Report of the Municipal Commissioner on the plague in Bombay for the year ending 31st May... - Volume 1
Disease focus: Plague
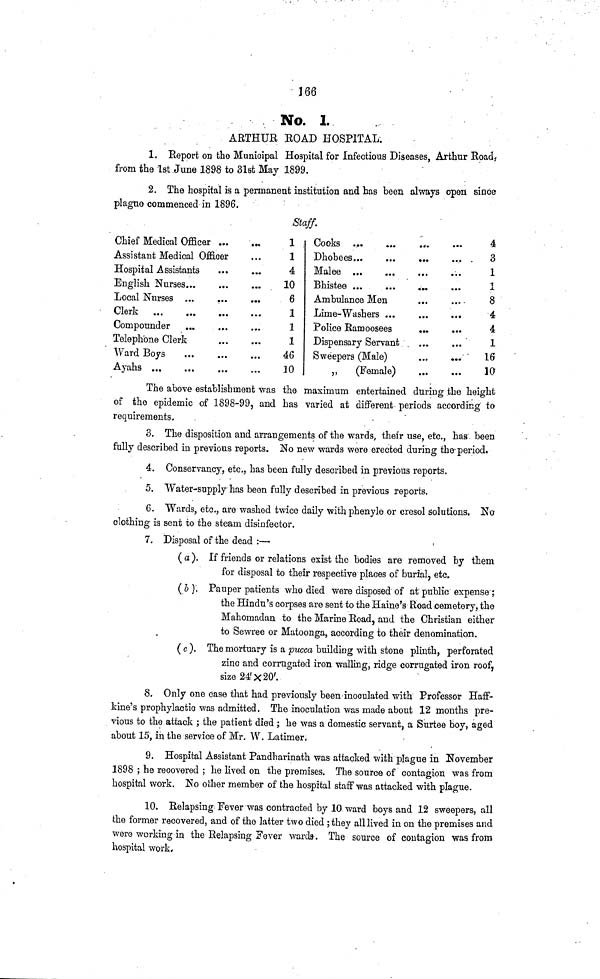
166
No. 1.
ARTHUR ROAD HOSPITAL.
1. Report on the Municipal Hospital for Infectious Diseases, Arthur Road,
from the 1st June 1898 to 31st May 1899.
2. The hospital is a permanent institution and has been always open since
plague commenced in 1896,
Staff.
Chief Medical Officer
Assistant Medical Officer
Hospital Assistants
English Nurses
Local Nurses
Clerk
Compounder
Telephone Clerk
Ward Boys
1
1
4
10
6
1
1
1
46
10
Cooks
Dhobees
Malee
Ambulance Men
Lime-Washers
Police Ramoosees
Dispensary Servant
Sweepers (Male)
„
(Female)
4
3
1
1
8
4
4
1
16
10
The above establishment was the maximum entertained during the height
of the epidemic of 1898-99, and has varied at different periods according to
requirements.
3. The disposition and arrangements of the wards, their use, etc., has been
fully described in previous reports. No new wards were erected during the period.
4. Conservancy, etc., has been fully described in previous reports.
5. Water-supply has been fully described in previous reports.
6. Wards, etc., are washed twice daily with phenyle or cresol solutions. No
clothing is sent to the steam disinfector.
7. Disposal of the dead :—
(a). If friends or relations exist the bodies are removed by them
for disposal to their respective places of burial, etc.
( b ) Pauper patients who died were disposed of at public expense ;
the Hindu's corpses are sent to the Haine's Road cemetery, the
Mahomadan to the Marine Road, and the Christian either
to Sewree or Matoonga, according to their denomination.
( c ). The mortuary is a pucca building with stone plinth, perforated
zinc and corrugated iron walling, ridge corrugated iron roof,
size 24' × 20'.
8. Only one case that had previously been inoculated with Professor Haff-
kine's prophylactic was admitted. The inoculation was made about 12 months pre-
vious to the attack ; the patient died ; he was a domestic servant, a Surtee boy, aged
about 15, in the service of Mr. W. Latimer.
9. Hospital Assistant Pandharinath was attacked with plague in November
1898 ; he recovered ; he lived on the premises. The source of contagion was from
hospital work. No other member of the hospital staff was attacked with plague.
10. Relapsing Fever was contracted by 10 ward boys and 12 sweepers, all
the former recovered, and of the latter two died ; they all lived in on the premises and
were working in the Relapsing Fever wards. The source of contagion was from
hospital work.